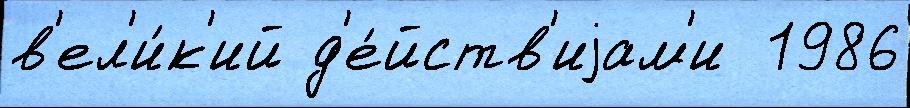
в'ел'и́к'ий д'е́йств'иjам'и  1986